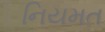
નિયમત